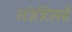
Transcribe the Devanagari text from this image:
स्टोरीटेलर्स